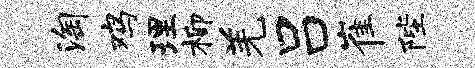
淘鸡理柳羌吕崔陛